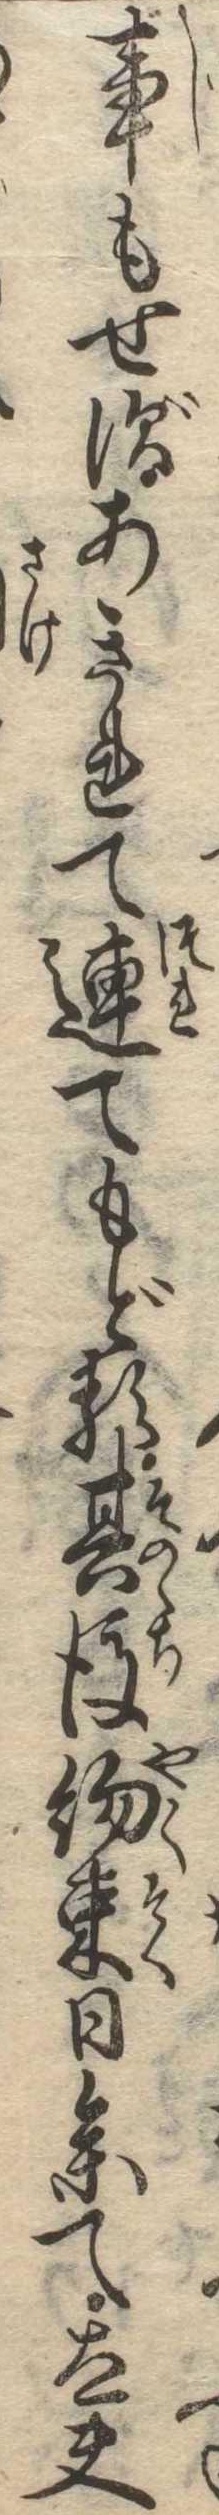
事もせずあきれて連てもどる其後約束日参て太夫